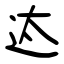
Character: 迏